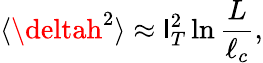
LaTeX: \langle\deltah^{2}\rangle\approx\mathsf{l}_{T}^{2}\ln\frac{{L}}{{\ell_{c}}},